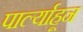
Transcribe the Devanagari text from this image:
पार्ल्याहून